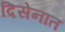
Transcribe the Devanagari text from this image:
दिसेनात